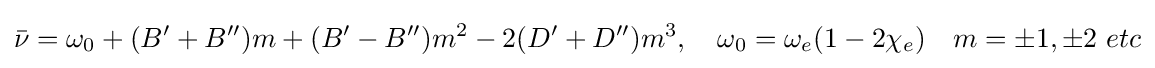
{\bar {\nu }}=\omega _{0}+(B^{\prime }+B^{\prime \prime })m+(B^{\prime }-B^{\prime \prime })m^{2}-2(D^{\prime }+D^{\prime \prime })m^{3},\quad \omega _{0}=\omega _{e}(1-2\chi _{e})\quad m=\pm 1,\pm 2\ etc